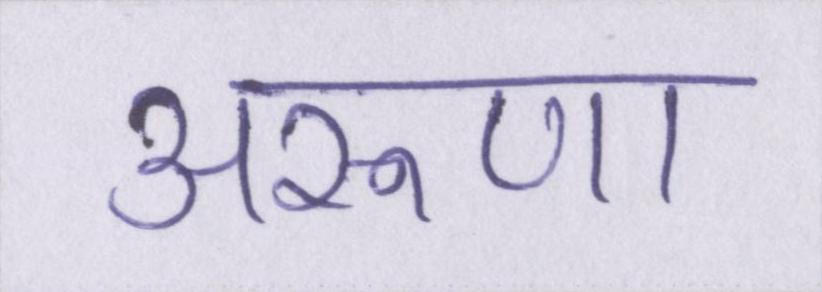
अरूणा